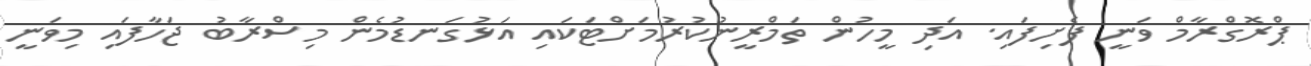
ޕްރޮގްރާމް ވަނީ ފެށިފައި. އަދި މީހުން ތަމްރީނުކުރުމަށްޓަކައި އަޅުގަނޑުމެން މިސްރާބު ޖަހާފައި މިވަނީ